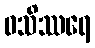
ဝသိဿရေ